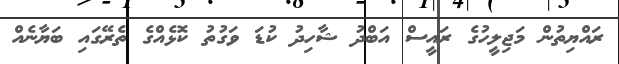
ރައްޔިތުން މަޖިލީހުގެ ރައީސް އަބްދު ޝާހިދު ކުޑަ ވަގުތު ކޮޅެއްގެ ތެރޭގައި ބަޔާނެއް